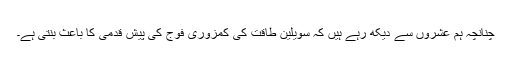
چنانچہ ہم عشروں سے دیکھ رہے ہیں کہ سویلین طاقت کی کمزوری فوج کی پیش قدمی کا باعث بنتی ہے۔